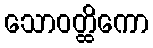
သောဝတ္ထိကော